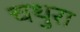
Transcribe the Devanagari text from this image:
चथुरा